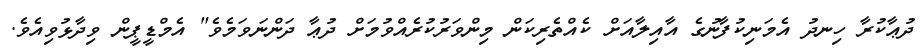
ދުޢާކުރާ ހިނދު އެމަނިކުފާނުގެ އާއިލާއަށް ކެއްތެރިކަން މިންވަރުކުރެއްވުމަށް ދުޢާ ދަންނަވަމެވެ" އެމްޑީޕީން ވިދާޅުވިއެވެ.